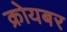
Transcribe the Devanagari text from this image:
क्रोयबर